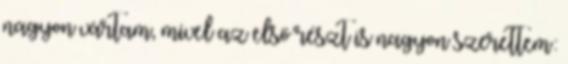
nagyon vártam, mivel az első részt is nagyon szerettem: